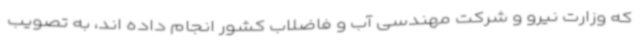
که وزارت نیرو و شرکت مهندسی آب و فاضلاب کشور انجام داده اند، به تصویب